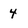
Character: 4